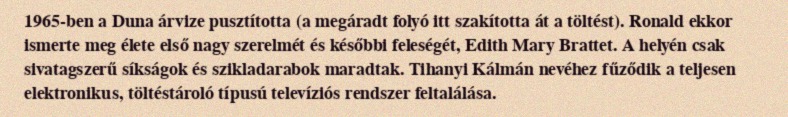
1965-ben a Duna árvize pusztította (a megáradt folyó itt szakította át a töltést). Ronald ekkor ismerte meg élete első nagy szerelmét és későbbi feleségét, Edith Mary Brattet. A helyén csak sivatagszerű síkságok és szikladarabok maradtak. Tihanyi Kálmán nevéhez fűződik a teljesen elektronikus, töltéstároló típusú televíziós rendszer feltalálása.